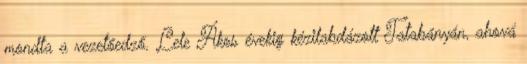
mondta a vezetőedző. Lele Ákos évekig kézilabdázott Tatabányán, ahová